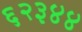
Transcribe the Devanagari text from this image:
६२३४४